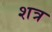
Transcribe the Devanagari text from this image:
शत्र